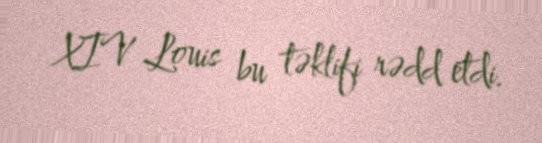
XIV Louis bu təklifi rədd etdi.